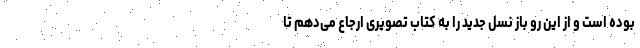
بوده است و از این رو باز نسل جدید را به کتاب تصویری ارجاع می‌دهم تا